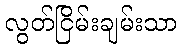
လွတ်ငြိမ်းချမ်းသာ